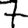
Digit: 7